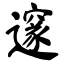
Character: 邃